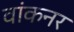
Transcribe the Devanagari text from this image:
वांकनर